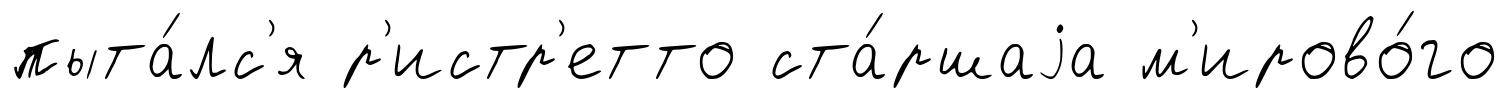
пыта́лс'я р'истр'етто ста́ршаjа м'ирово́го